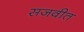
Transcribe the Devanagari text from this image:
सजवीत